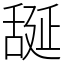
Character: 𦧝